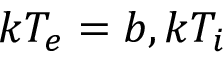
k T _ { e } = b , k T _ { i }